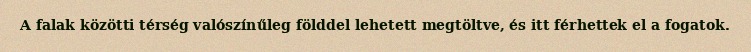
A falak közötti térség valószínűleg földdel lehetett megtöltve, és itt férhettek el a fogatok.